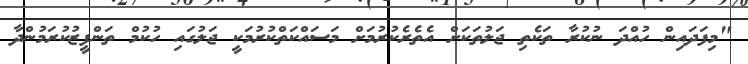
"މިފަދައިން ހުއްދަ ނުކުރާ ތަކެތި ޖަލުތަކަށް އެތެރެކުރުމަށް މަސައްކަތްކުރުމަކީ ޖަލުގައި ހުކުމް ތަންފީޒުކުރަމުންދާ